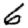
Digit: 6